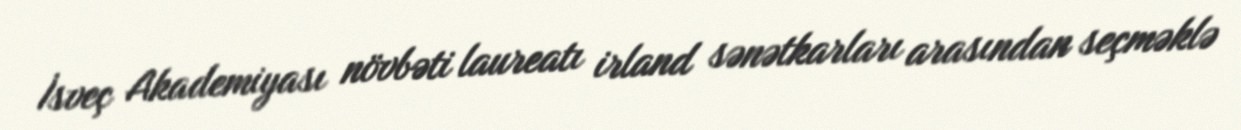
İsveç Akademiyası növbəti laureatı irland sənətkarları arasından seçməklə